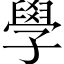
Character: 學